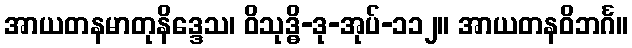
အာယတနမာတုနိဒ္ဒေသ၊ ဝိသုဒ္ဓိ-ဒု-အုပ်-၁၁၂။ အာယတနဝိဘင်္ဂ။